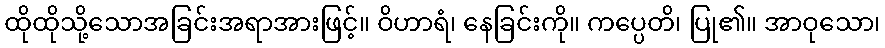
ထိုထိုသို့သောအခြင်းအရာအားဖြင့်။ ဝိဟာရံ၊ နေခြင်းကို။ ကပ္ပေတိ၊ ပြု၏။ အာဝုသော၊